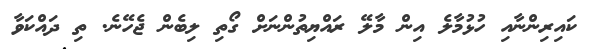
ކައިރިންނާއި ހުޅުމާލެ އިން މާލޭ ރައްޔިތުންނަށް ގޯތި ލިބެން ޖެހޭނެ. ތި ދައްކަވާ